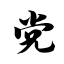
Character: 党